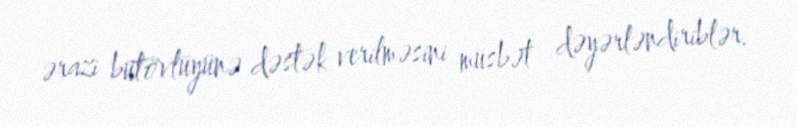
ərazi bütövlüyünə dəstək verilməsini müsbət dəyərləndiriblər.